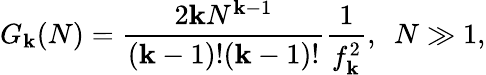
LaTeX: G_{\mathbf{k}}(N)=\frac{{2\mathbf{k}N^{\mathbf{k}-1}}}{{(\mathbf{k}-1)!(\mathbf{k}-1)!}}\frac{{1}}{{f_{\mathbf{k}}^{2}}},~~N\gg1,